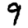
Digit: 9